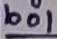
Text: bol